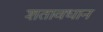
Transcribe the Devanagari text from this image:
शतावधान